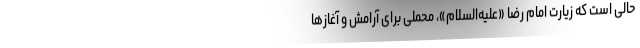
حالی است که زیارت امام رضا «علیه‌السلام»، محملی برای آرامش و آغازها